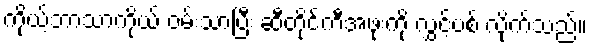
ကိုယ့်ဘာသာကိုယ် ဝမ်းသာပြီး ဆီတိုင်ကီအဖုံးကို လွှင့်ပစ် လိုက်သည်။